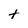
Character: t